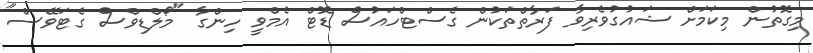
މިގޮތުން މިކަމަށް ޝައުގުވެރިވާ ފަރާތްތަކުން ގެސްޓްހައުސް ޑޮޓް އެމްވީ ހިންގާ "މޯލްޑިވްސް ގެޓަވޭސް"